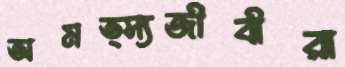
অমত্স্যজীবীরা